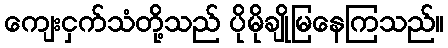
ကျေးငှက်သံတို့သည် ပိုမိုချိုမြနေကြသည်။